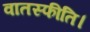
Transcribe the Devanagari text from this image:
वातस्फीति।